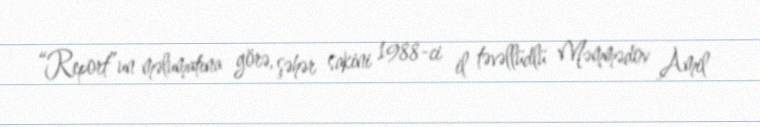
“Report”un məlumatına görə, şəhər sakini 1988-ci il təvəllüdlü Məmmədov Amil